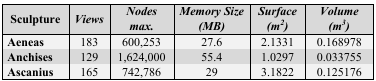
<table><thead><tr><td><b>Sculpture</b></td><td><b><i>Views</i></b></td><td><b><i>Nodes max.</i></b></td><td><b><i>Memory Size (MB)</i></b></td><td><b><i>Surface (m<sup>2</sup>)</i></b></td><td><b><i>Volume (m<sup>3</sup>)</i></b></td></tr></thead><tbody><tr><td><b>Aeneas</b></td><td>183</td><td>600,253</td><td>27.6</td><td>2.1331</td><td>0.168978</td></tr><tr><td><b>Anchises</b></td><td>129</td><td>1,624,000</td><td>55.4</td><td>1.0297</td><td>0.033755</td></tr><tr><td><b>Ascanius</b></td><td>165</td><td>742,786</td><td>29</td><td>3.1822</td><td>0.125176</td></tr></tbody></table>